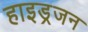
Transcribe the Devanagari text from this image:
हाइड्रजन